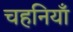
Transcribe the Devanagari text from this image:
चहनियाँ